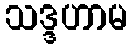
သဒ္ဒဟာမ